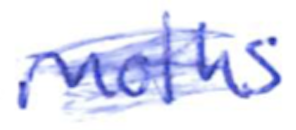
Text: moths
Cross-out: scratch
Writing tool: ballpoint